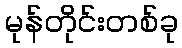
မုန်တိုင်းတစ်ခု